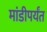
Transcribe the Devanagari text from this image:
मांडीपर्यंत